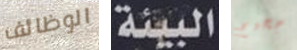
الوظائف البيئة جحيم